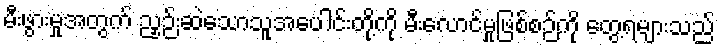
မီးဖွားမှုအတွက် ညှဉ်းဆဲသောသူအပေါင်းတို့ကို မီးလောင်မှုဖြစ်စဉ်ကို တွေ့ရများသည်